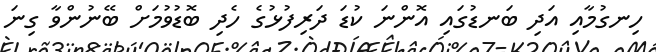
ހިނގުމާއި އަދި ބަނޑުގައި އޮންނަ ކުޑަ ދަރިފުޅުގެ ހެދި ބޮޑުވުމަށް ބޭނުންވާ ގިނަ